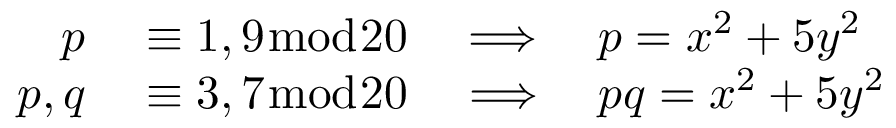
\begin{array} { r l } { p } & { { } \equiv 1 , 9 { \bmod { 2 0 } } \quad \Longrightarrow \quad p = x ^ { 2 } + 5 y ^ { 2 } } \\ { p , q } & { { } \equiv 3 , 7 { \bmod { 2 0 } } \quad \Longrightarrow \quad p q = x ^ { 2 } + 5 y ^ { 2 } } \end{array}